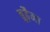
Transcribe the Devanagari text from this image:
बुढ़ैना